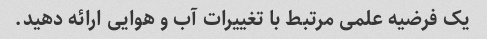
یک فرضیه علمی مرتبط با تغییرات آب و هوایی ارائه دهید.